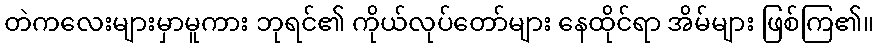
တဲကလေးများမှာမူကား ဘုရင်၏ ကိုယ်လုပ်တော်များ နေထိုင်ရာ အိမ်များ ဖြစ်ကြ၏။